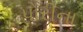
પોરીના